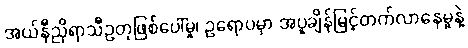
အယ်နီညိုရာသီဥတုဖြစ်ပေါ်မှု၊ ဥရောပမှာ အပူချိန်မြင့်တက်လာနေမှုနဲ့